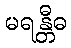
မရန္တီဓ